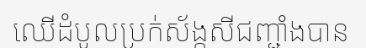
ឈើដំបូលប្រក់ស័ង្កសីជញ្ជាំងបាន